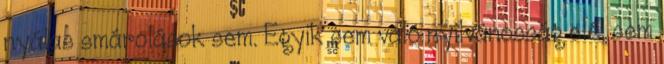
nyálas smárolások sem. Egyik sem való nyilvánosság elé, sem